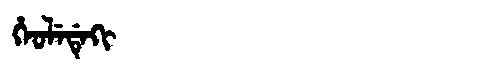
Manchu: ᡥᡝᠣᠯᡝᡩᡝᡴᡳ
Romanization: HEOLEDEKI